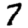
Digit: 7